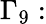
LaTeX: \Gamma_{9}: